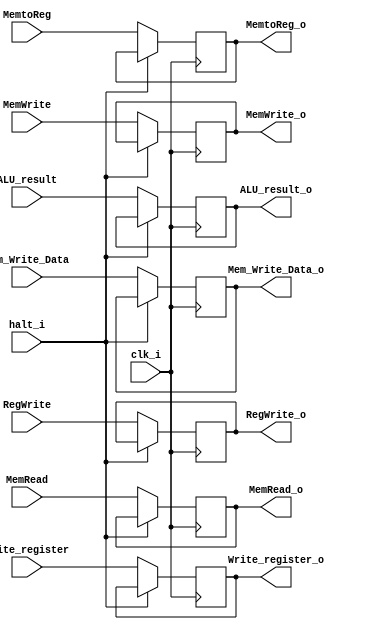
module EX_MEM(
	input clk_i,

	// W/B (Write Back) Note: Variable named as ppt
	input MemtoReg,
	input RegWrite,
	// MEM (Memory Stage)
	input MemWrite,
	input MemRead,
	//
	input [31:0] ALU_result,
	input [31:0] Mem_Write_Data, //MUX7_out
	input [4:0] Write_register, //MUX5_3_out

	// W/B (Write Back) Note: Variable named as ppt
	output reg MemtoReg_o,
	output reg RegWrite_o,
	// MEM (Memory Stage)
	output reg MemWrite_o,
	output reg MemRead_o,
	//
	output reg [31:0] ALU_result_o,
	output reg [31:0] Mem_Write_Data_o,
	output reg [4:0] Write_register_o,
	input halt_i
);
initial begin
#1
	MemtoReg_o <= 0;
	RegWrite_o <= 0;
	MemWrite_o <= 0;
	MemRead_o <= 0;
	ALU_result_o <= 0;
	Mem_Write_Data_o <= 0;
	Write_register_o <= 0; 
end
always @(posedge clk_i) begin
	if (~halt_i) begin
		MemtoReg_o <= MemtoReg;
		RegWrite_o <= RegWrite;
		MemWrite_o <= MemWrite;
		MemRead_o <= MemRead;
		ALU_result_o <= ALU_result;
		Mem_Write_Data_o <= Mem_Write_Data;
		Write_register_o <= Write_register;	
	end
	else begin
		MemtoReg_o <= MemtoReg_o;
		RegWrite_o <= RegWrite_o;
		MemWrite_o <= MemWrite_o;
		MemRead_o <= MemRead_o;
		ALU_result_o <= ALU_result_o;
		Mem_Write_Data_o <= Mem_Write_Data_o;
		Write_register_o <= Write_register_o;	
	end
end
endmodule